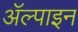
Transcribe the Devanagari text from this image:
ॲल्पाइन